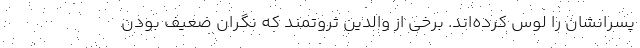
پسرانشان را لوس کرده‌اند. برخی از والدین ثروتمند که نگران ضعیف بودن